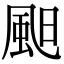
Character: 䫻